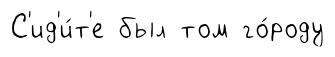
С'ид'и́т'е был том го́роду